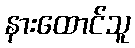
နားထောင်သူ